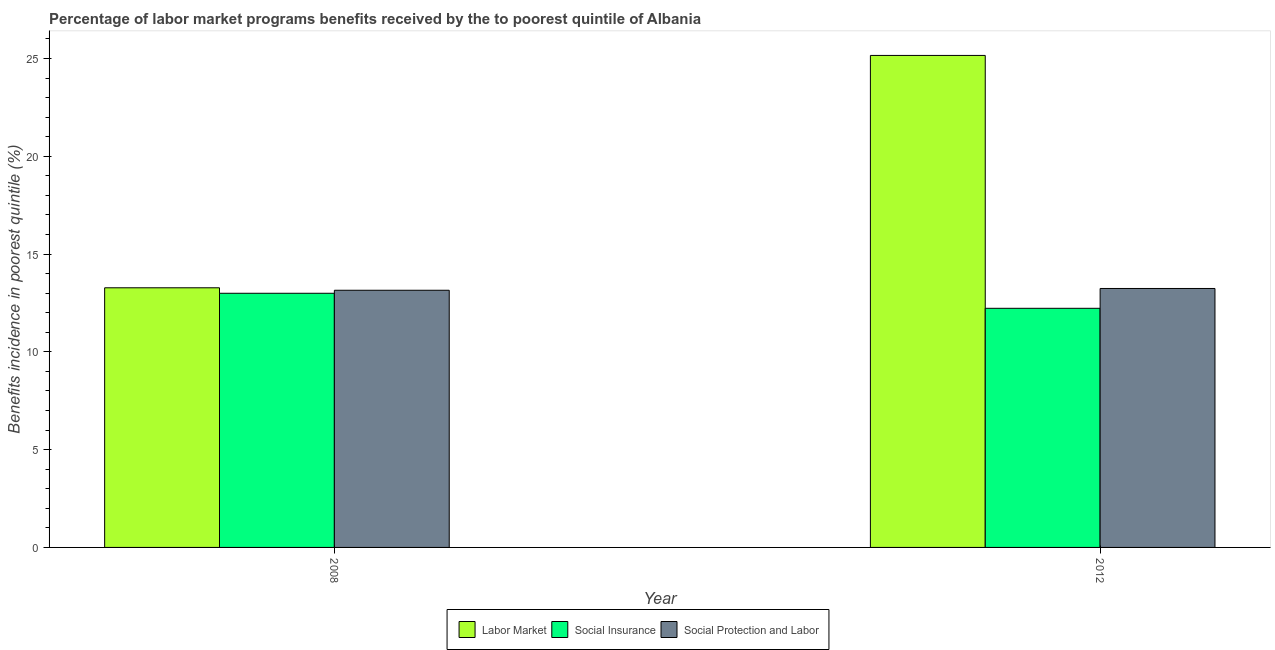
| Year | Labor Market | Social Insurance | Social Protection and Labor |
 | --- | --- | --- | --- |
 | 2008 | 13.3 | 13 | 13.2 |
 | 2012 | 25.2 | 12.2 | 13.2 |